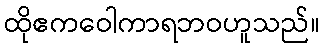
ထိုဧကဝေါကာရဘဝဟူသည်။